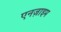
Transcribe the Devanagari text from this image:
एनज़ाइम